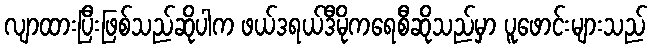
လျာထားပြီးဖြစ်သည်ဆိုပါက ဖယ်ဒရယ်ဒီမိုကရေစီဆိုသည်မှာ ပူဖောင်းများသည်